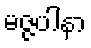
မဇ္ဇပါနာ